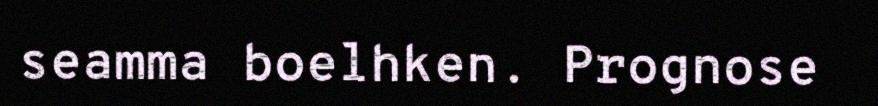
seamma boelhken. Prognose